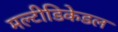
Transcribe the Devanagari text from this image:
मल्टीडिकेडल